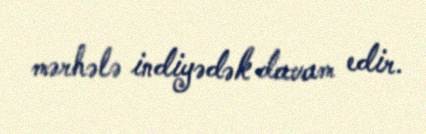
mərhələ indiyədək davam edir.